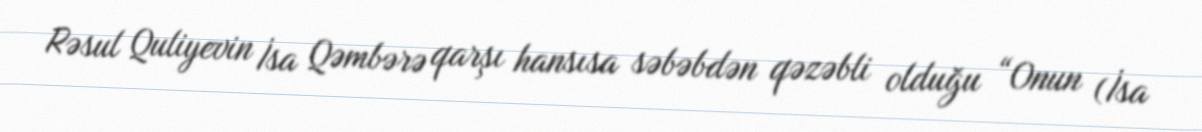
Rəsul Quliyevin İsa Qəmbərə qarşı hansısa səbəbdən qəzəbli olduğu “Onun (İsa